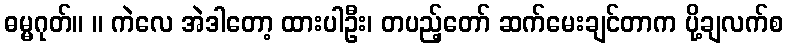
ဓမ္မဂုတ်။ ။ ကဲလေ အဲဒါတော့ ထားပါဦး၊ တပည့်တော် ဆက်မေးချင်တာက ပို့ချလက်စ